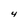
Character: 4